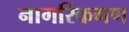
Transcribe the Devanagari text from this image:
नागरिकगण